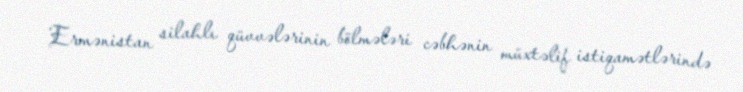
Ermənistan silahlı qüvvələrinin bölmələri cəbhənin müxtəlif istiqamətlərində